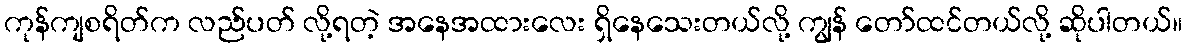
ကုန်ကျစရိတ်က လည်ပတ် လို့ရတဲ့ အနေအထားလေး ရှိနေသေးတယ်လို့ ကျွန် တော်ထင်တယ်လို့ ဆိုပါတယ်။